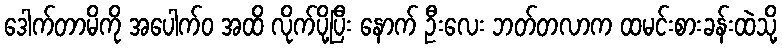
ဒေါက်တာမိကို အပေါက်ဝ အထိ လိုက်ပို့ပြီး နောက် ဦးလေး ဘတ်တလာက ထမင်းစားခန်းထဲသို့